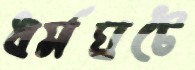
ধর্মঘটে